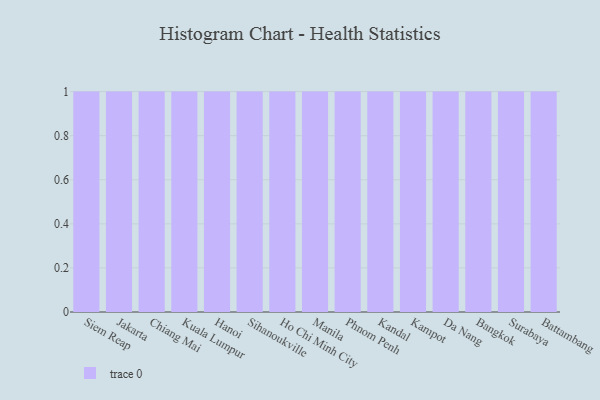
{"axis": {"x": "City", "y": "Bounce Rate (%)"}, "legend": [""], "data": [{"x": "Siem Reap", "y": 8, "type": ""}, {"x": "Jakarta", "y": 80, "type": ""}, {"x": "Chiang Mai", "y": 51, "type": ""}, {"x": "Kuala Lumpur", "y": 40, "type": ""}, {"x": "Hanoi", "y": 12, "type": ""}, {"x": "Sihanoukville", "y": 62, "type": ""}, {"x": "Ho Chi Minh City", "y": 98, "type": ""}, {"x": "Manila", "y": 23, "type": ""}, {"x": "Phnom Penh", "y": 2, "type": ""}, {"x": "Kandal", "y": 81, "type": ""}, {"x": "Kampot", "y": 40, "type": ""}, {"x": "Da Nang", "y": 16, "type": ""}, {"x": "Bangkok", "y": 52, "type": ""}, {"x": "Surabaya", "y": 53, "type": ""}, {"x": "Battambang", "y": 88, "type": ""}]}